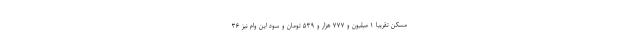
مسکن تقریبا ۱ میلیون و ۷۷۷ هزار و ۵۳۹ تومان و سود این وام نیز ۳۶